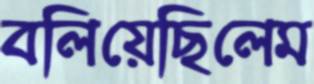
বলিয়েছিলেম